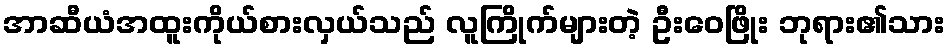
အာဆီယံအထူးကိုယ်စားလှယ်သည် လူကြိုက်များတဲ့ ဦးဝေဖြိုး ဘုရား၏သား